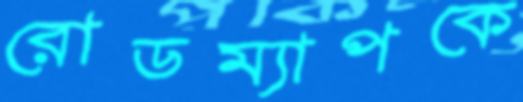
রোডম্যাপকে